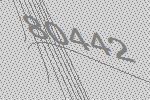
80442